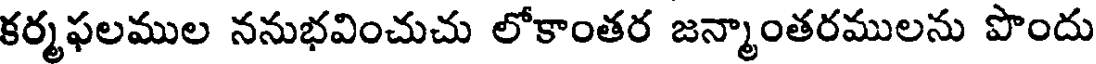
కర్మఫలముల ననుభవించుచు లోకాంతర జన్మాంతరములను పొందు